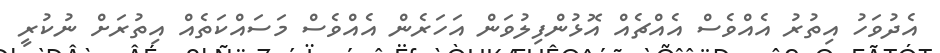
އެދުވަހު އިތުރު އެއްވެސް އެއްޗެއް އޮޅުންފިލުވަން އަހަރެން އެއްވެސް މަސައްކަތެއް އިތުރަށް ނުކުރީ